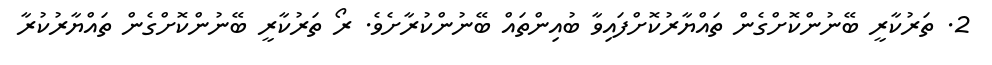
2. ތަރުކާރީ ބޭނުންކޮށްގެން ތައްޔާރުކޮށްފައިވާ ބުއިންތައް ބޭނުންކުރާށެވެ. ރޯ ތަރުކާރީ ބޭނުންކޮށްގެން ތައްޔާރުކުރާ